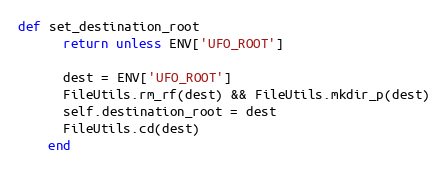
Language: Ruby
def set_destination_root
      return unless ENV['UFO_ROOT']

      dest = ENV['UFO_ROOT']
      FileUtils.rm_rf(dest) && FileUtils.mkdir_p(dest)
      self.destination_root = dest
      FileUtils.cd(dest)
    end